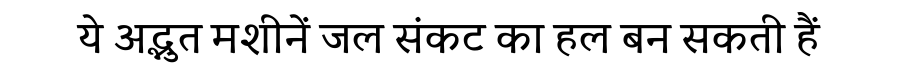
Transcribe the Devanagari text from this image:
ये अद्भुत मशीनें जल संकट का हल बन सकती हैं